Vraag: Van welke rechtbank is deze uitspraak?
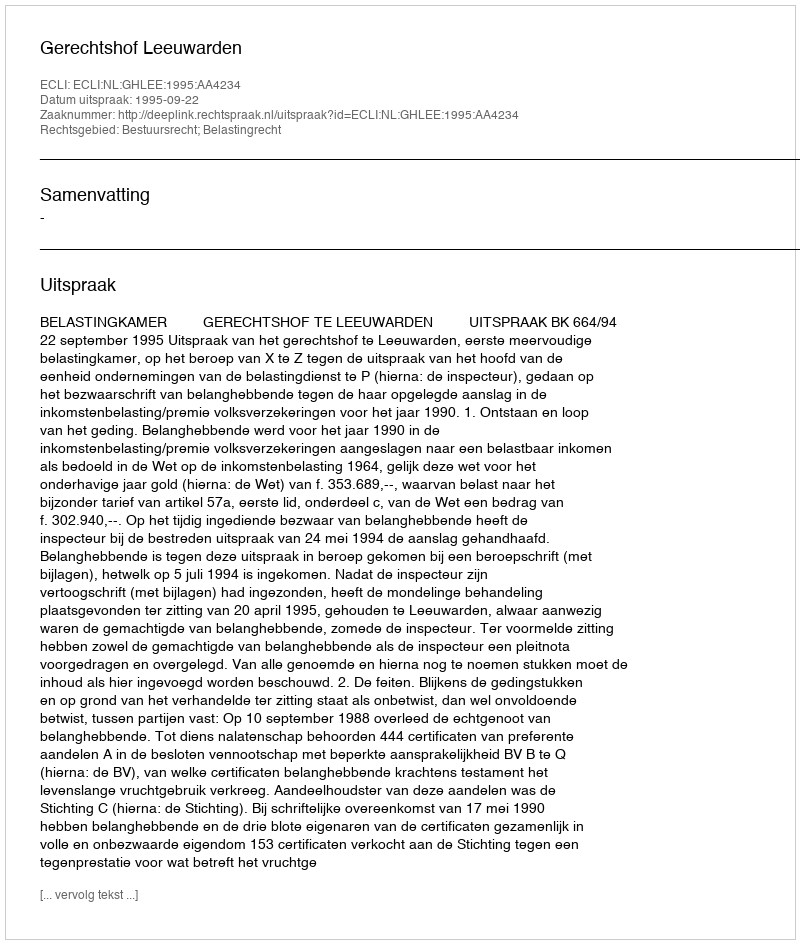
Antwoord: Gerechtshof Leeuwarden